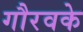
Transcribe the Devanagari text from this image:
गौरवके